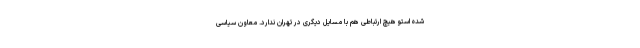
شده استو هیچ ارتباطی هم با مسایل دیگری در تهران ندارد. معاون سیاسی